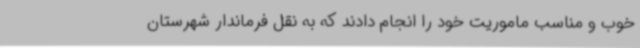
خوب و مناسب ماموریت خود را انجام دادند که به نقل فرماندار شهرستان